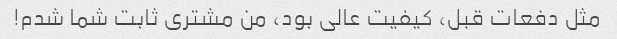
مثل دفعات قبل، کیفیت عالی بود، من مشتری ثابت شما شدم!